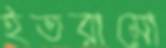
ইতরামো